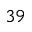
^ { 3 9 }